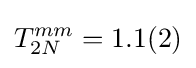
T_{2N}^{mm}=1.1(2)